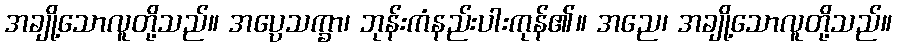
အချို့သောလူတို့သည်။ အပ္ပေသက္ခာ၊ ဘုန်းကံနည်းပါးကုန်၏။ အညေ၊ အချို့သောလူတို့သည်။